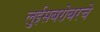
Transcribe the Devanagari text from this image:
लुईसबरोबरचे